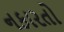
નકારતો